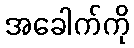
အခေါက်ကို